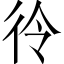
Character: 彾